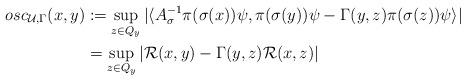
LaTeX: \begin{align*}osc_{\mathcal{U},\Gamma}(x,y)& := \sup_{z\in Q_y}|\langle A^{-1}_\sigma\pi(\sigma(x))\psi,\pi(\sigma(y))\psi-\Gamma(y,z)\pi(\sigma(z))\psi\rangle| \\& = \sup_{z\in Q_y}|\mathcal{R}(x,y)-\Gamma(y,z)\mathcal{R}(x,z)|\end{align*}